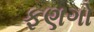
ફણગો